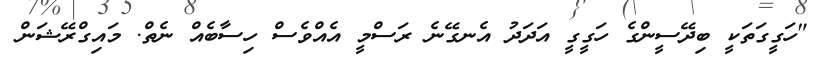
"ހަގީގަތަކީ ބިދޭސީންގެ ހަގީގީ އަދަދު އެނގޭނެ ރަސްމީ އެއްވެސް ހިސާބެއް ނެތް. މައިގްރޭޝަން